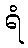
ရံ